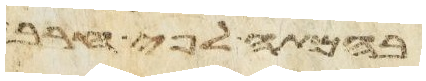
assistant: בהמתה לפי חרב